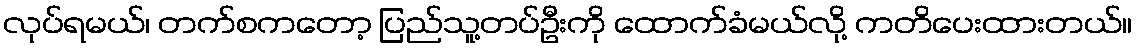
လုပ်ရမယ်၊ တက်စကတော့ ပြည်သူ့တပ်ဦးကို ထောက်ခံမယ်လို့ ကတိပေးထားတယ်။